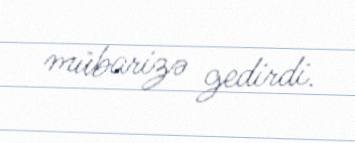
mübarizə gedirdi.